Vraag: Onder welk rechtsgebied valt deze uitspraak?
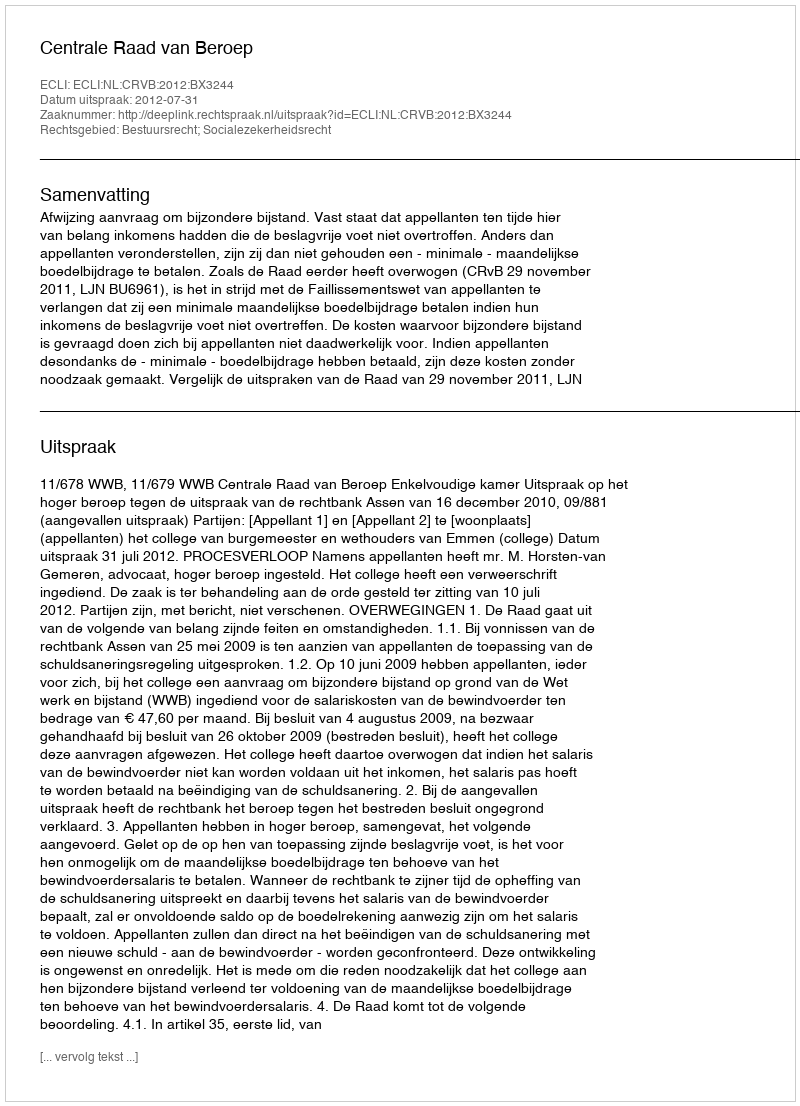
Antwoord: Bestuursrecht; Socialezekerheidsrecht